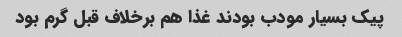
پیک بسیار مودب بودند غذا هم برخلاف قبل گرم بود